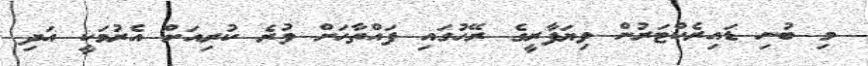
މި ބުނި ޑައިރެކްޓަރުން ވިޔަފާރީގެ ރޭހުގައި ފައްތާހަށް ވުރެ ކުރިއަށް އެރުމަކީ އަދި